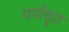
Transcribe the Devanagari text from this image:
पर्णवृत